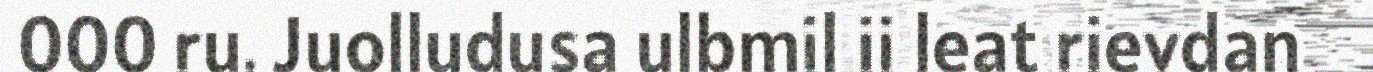
000 ru. Juolludusa ulbmil ii leat rievdan